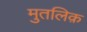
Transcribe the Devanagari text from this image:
मुतलिक़